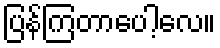
ပြန်ကြတာပေါ့လေ။